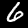
Label: 6